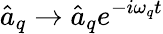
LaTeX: \hat{a}_{q}\to\hat{a}_{q}e^{-i\omega_{q}t}